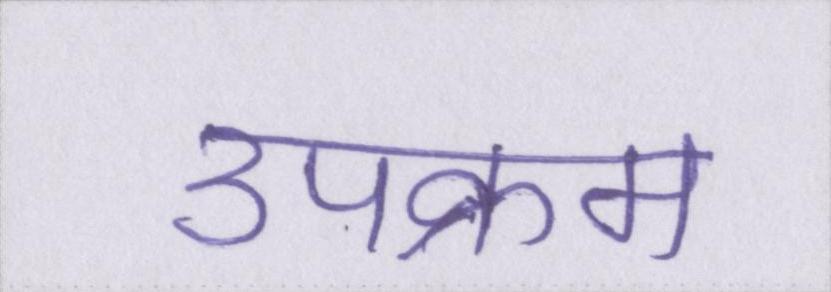
उपक्रम